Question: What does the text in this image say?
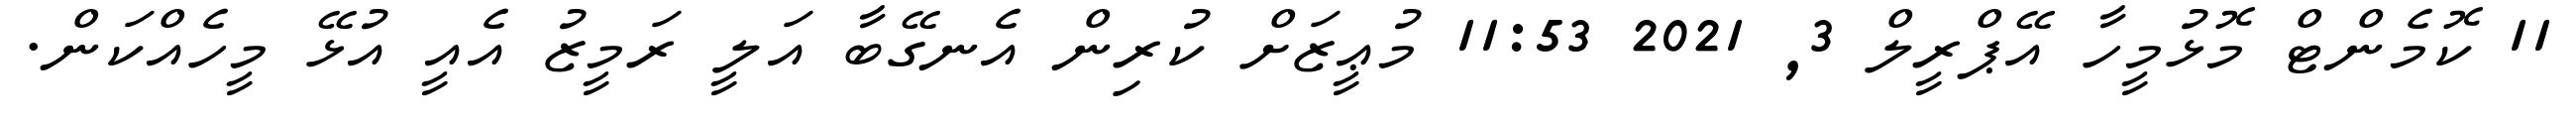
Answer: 11 ކޮމެންޓް މޮޅުމީހާ އޭޕްރީލް 3, 2021 11:53 މުޢީޒަށް ކުރިން އެނގޭބާ އަލީ ރަމީޒު އެއީ އުޅޭ މީހެއްކަން.